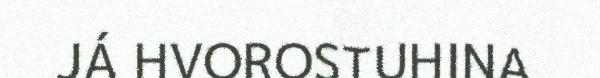
JÁ HVOROSTUHINA